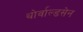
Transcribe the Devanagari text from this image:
थोर्वाल्डसेन